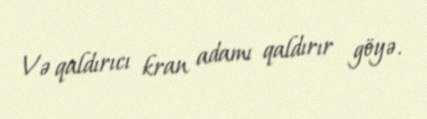
Və qaldırıcı kran adamı qaldırır göyə.